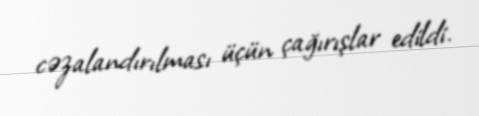
cəzalandırılması üçün çağırışlar edildi.